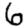
Digit: 6